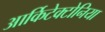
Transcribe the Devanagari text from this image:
आर्किटेक्टोनिया